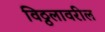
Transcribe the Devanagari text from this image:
विठ्ठलावरील